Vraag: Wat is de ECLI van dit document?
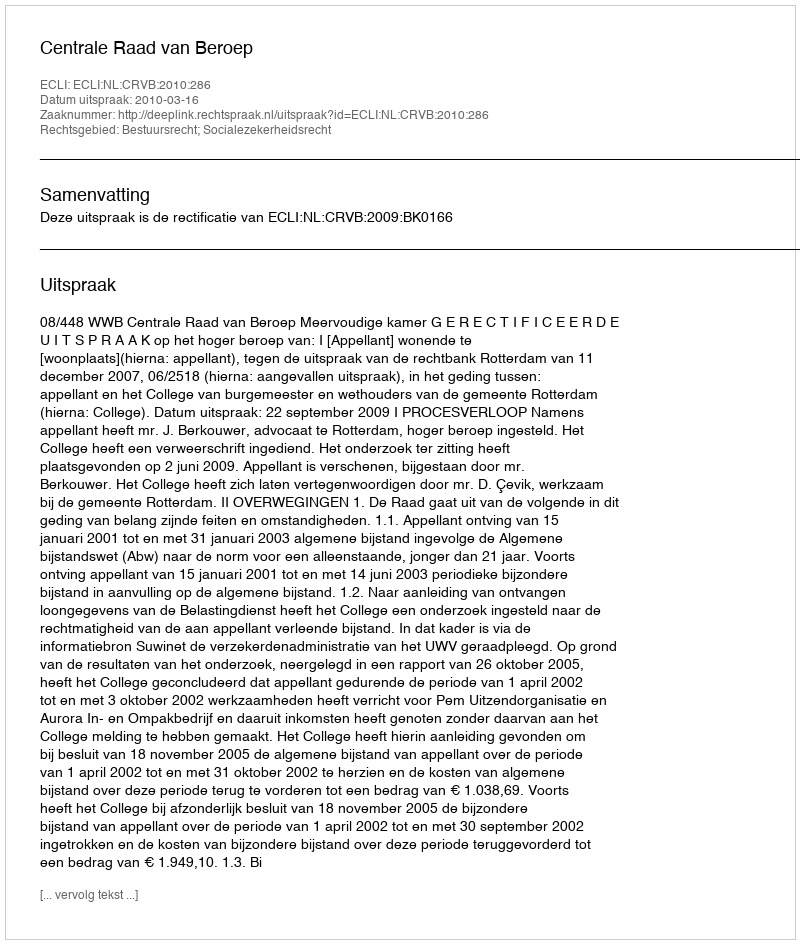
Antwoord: ECLI:NL:CRVB:2010:286